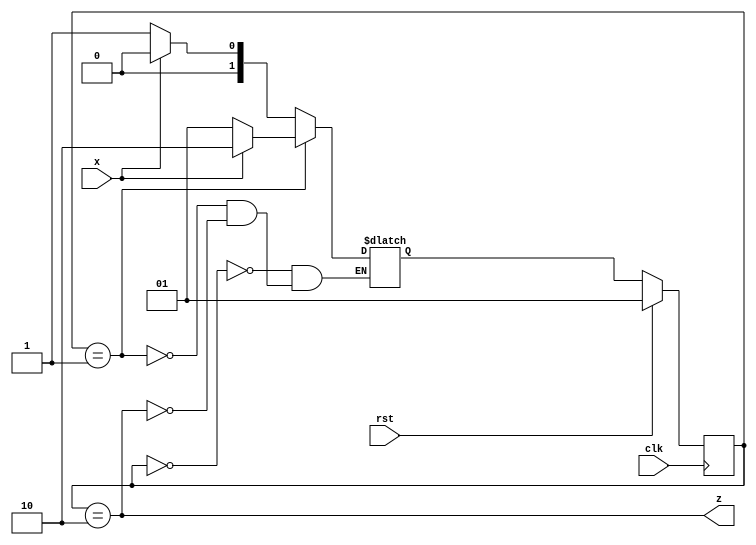
`timescale 1ns / 1ps
//////////////////////////////////////////////////////////////////////////////////
// Company: 
// Engineer: 
// 
// Design Name: 
// Module Name: seq_det
// Project Name: 
// Target Devices: 
// Tool Versions: 
// Description: 
// 
// Dependencies: 
// 
// Revision:
// Revision 0.01 - File Created
// Additional Comments:
// 
//////////////////////////////////////////////////////////////////////////////////


module Rising_edge_detector(clk, rst, x, z );
input clk, rst, x;
output  z;

reg[1:0] state, nxtstate;
parameter [1:0] A= 2'b00, B = 2'b01, C= 2'b10;

always @ (x , state) begin
case(state)
A: if(x== 0)begin
 nxtstate = B;

 end
 else
 begin 
  nxtstate = A;

 end
B:
if(x== 0)begin
 nxtstate = B;

 end
 else
 begin 
  nxtstate = C;

 end
 
C:
if(x== 0)begin
 nxtstate = B;

 end
 else
 begin 
  nxtstate = A;

 end

 endcase
 end
 
 always @(posedge clk) begin
 if(rst == 1) state <= B;
 else state <= nxtstate;
 
 end
 
 assign z= (state == C);
endmodule